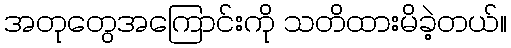
အတုတွေအကြောင်းကို သတိထားမိခဲ့တယ်။